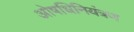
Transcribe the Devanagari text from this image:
ओषधिनियंत्रण